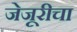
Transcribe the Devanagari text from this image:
जेजूरीचा